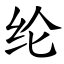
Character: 纶